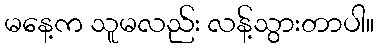
မနေ့က သူမလည်း လန့်သွားတာပါ။